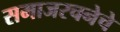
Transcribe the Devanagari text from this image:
समाजरचनेचे